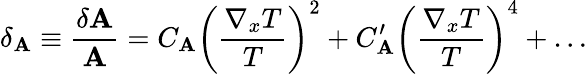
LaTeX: \delta_{\cal\mathbf{A}}\equiv{\frac{{\delta{\cal\mathbf{A}}}}{{\cal\mathbf{A}}}}=C_{\cal\mathbf{A}}\left(\frac{{\nabla_{x}T}}{{T}}\right)^{2}+C_{\cal\mathbf{A}}^{\prime}\left(\frac{{\nabla_{x}T}}{{T}}\right)^{4}+\ldots